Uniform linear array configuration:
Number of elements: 48
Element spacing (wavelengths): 0.25
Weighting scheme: hann
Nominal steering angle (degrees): -15
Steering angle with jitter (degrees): -15.439
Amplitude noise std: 0.05
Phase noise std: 0.05

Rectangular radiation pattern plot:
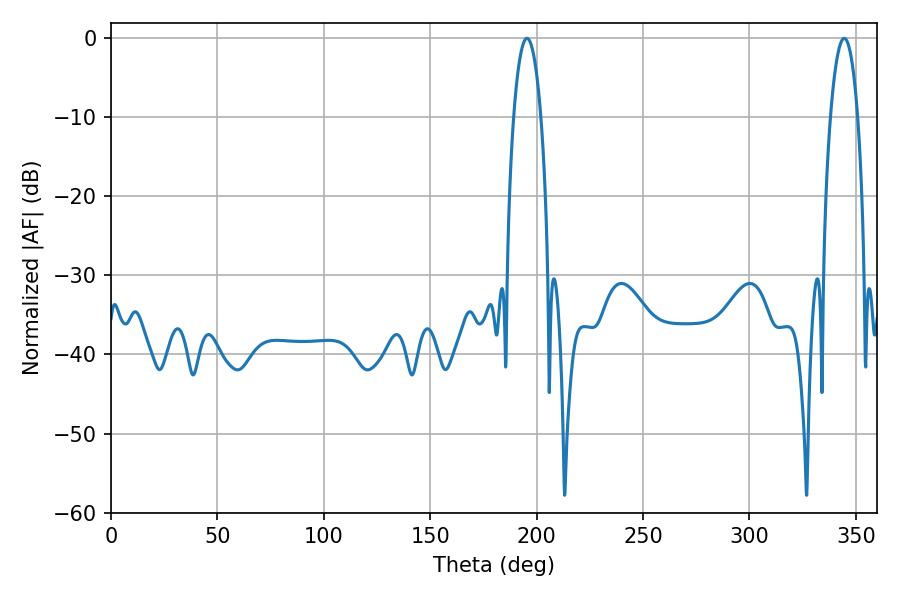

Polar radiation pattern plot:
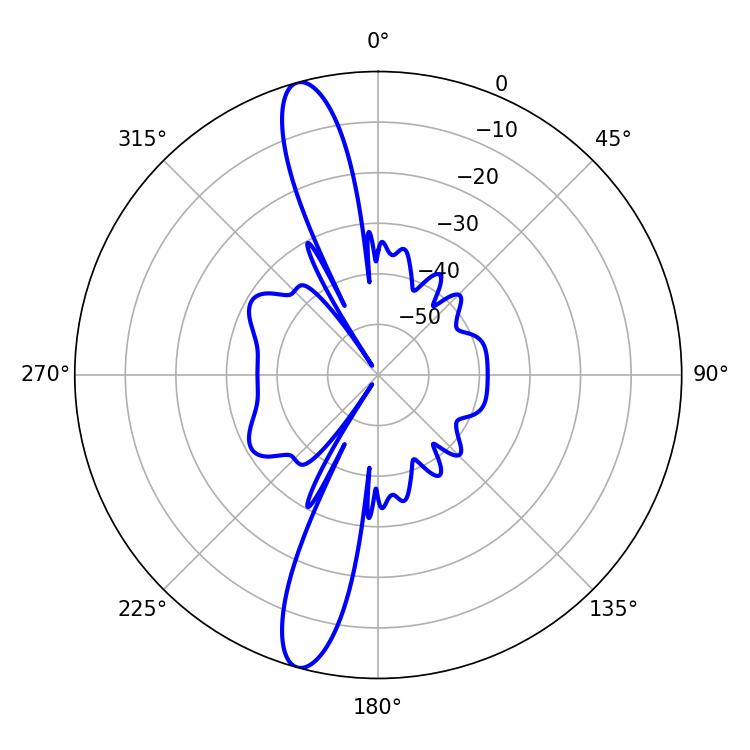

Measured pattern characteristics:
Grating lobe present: FALSE
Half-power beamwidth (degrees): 7.2
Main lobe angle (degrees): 195.48